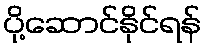
ပို့ဆောင်နိုင်ရန်